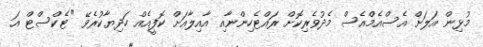
މުޅިން އަލަށް އެސްއެމްއެސް މެދުވެރިކޮށް ރައްޓެހިންނާއި އާއިލާއަށް ކޮފީއެއް ހަދިޔާކުރެވޭ "ޓެކްސްޓް އަ